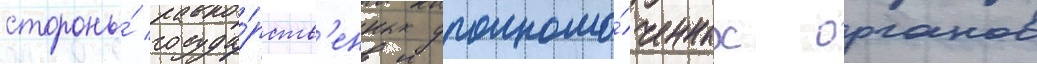
стороны́ госуда́рств'енных уполномо́ченных органов